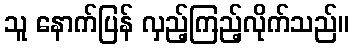
သူ နောက်ပြန် လှည့်ကြည့်လိုက်သည်။